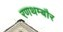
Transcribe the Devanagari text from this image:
रणथम्बौर